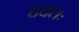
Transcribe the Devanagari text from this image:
ददतः